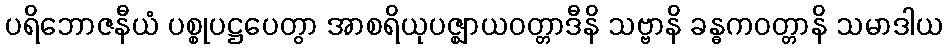
ပရိဘောဇနီယံ ပစ္စုပဋ္ဌပေတွာ အာစရိယုပဇ္ဈာယဝတ္တာဒီနိ သဗ္ဗာနိ ခန္ဓကဝတ္တာနိ သမာဒါယ